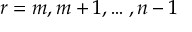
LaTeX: r = m , m + 1 , \ldots , n - 1